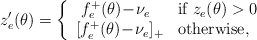
\begin{align*}z'_e(\theta)=\left\{\begin{array}{ll}~f_e^+(\theta)\!-\!\nu_e&\mbox{if }z_e(\theta)>0\\ {}[f_e^+(\theta)\!-\!\nu_e]_+&\mbox{otherwise,}\end{array}\right.\end{align*}